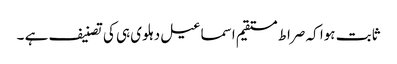
ثابت ہوا کہ صراط مستقیم اسماعیل دہلوی ہی کی تصنیف ہے ۔